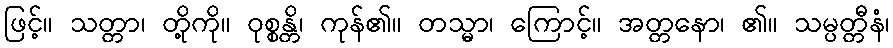
ဖြင့်။ သတ္တာ၊ တို့ကို။ ဝုစ္စန္တိ၊ ကုန်၏။ တသ္မာ၊ ကြောင့်။ အတ္တနော၊ ၏။ သမ္ပတ္တီနံ၊